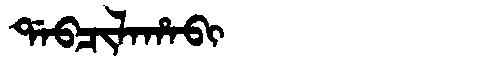
Manchu: ᡩᠠᠪᠴᡳᠯᠠᡥᠠᠪᡳ
Romanization: DABCILAHABI